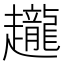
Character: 𧾪